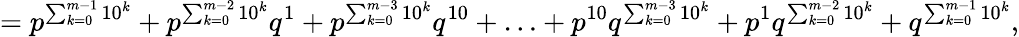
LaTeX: =p^{\sum_{k=0}^{m-1}10^{k}}+p^{\sum_{k=0}^{m-2}10^{k}}q^{1}+p^{\sum_{k=0}^{m-3}10^{k}}q^{10}+\ldots+p^{10}q^{\sum_{k=0}^{m-3}10^{k}}+p^{1}q^{\sum_{k=0}^{m-2}10^{k}}+q^{\sum_{k=0}^{m-1}10^{k}},